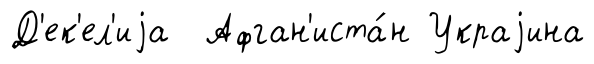
Д'ек'ел'иjа Афган'иста́н Украjина